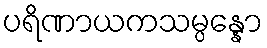
ပရိဏာယကသမ္ပန္နော